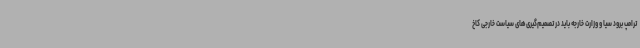
ترامپ برود سیا و وزارت خارجه باید در تصمیم‌گیری‌های سیاست خارجی کاخ